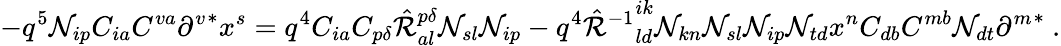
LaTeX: -q^{5}{\cal N}_{ip}C_{ia}C^{va}\left.\partial^{v}\right.^{*}x^{s}=q^{4}C_{ia}C_{p\delta}\hat{\cal R}_{al}^{p\delta}{\cal N}_{sl}{\cal N}_{ip}-q^{4}\left.\hat{\cal R}^{-1}\right._{ld}^{ik}{\cal N}_{kn}{\cal N}_{sl}{\cal N}_{ip}{\cal N}_{td}x^{n}C_{db}C^{mb}{\cal N}_{dt}\left.\partial^{m}\right.^{*}~.